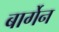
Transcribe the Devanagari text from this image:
बार्गेन